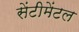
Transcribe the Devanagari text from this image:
सेंटीमेंटल